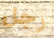
رجل